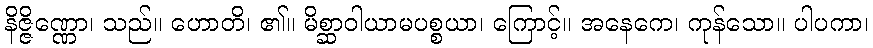
နိဇ္ဇိဏ္ဏော၊ သည်။ ဟောတိ၊ ၏။ မိစ္ဆာဝါယာမပစ္စယာ၊ ကြောင့်။ အနေကေ၊ ကုန်သော။ ပါပကာ၊